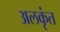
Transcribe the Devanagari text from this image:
अलकृंत